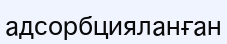
адсорбцияланған